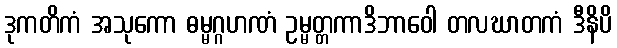
ဒုကတိကံ အသုကော ဓမ္မဂ္ဂဟဏံ ဥမ္မတ္တကာဒိဘာဝေါ တလဃာတကံ ဒီနိပိ